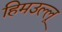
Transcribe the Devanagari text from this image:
हिमउल्लू